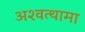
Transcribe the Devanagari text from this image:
अश्‍वत्थामा